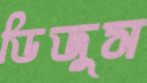
ডিজুস